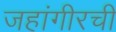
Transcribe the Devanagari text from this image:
जहांगीरची